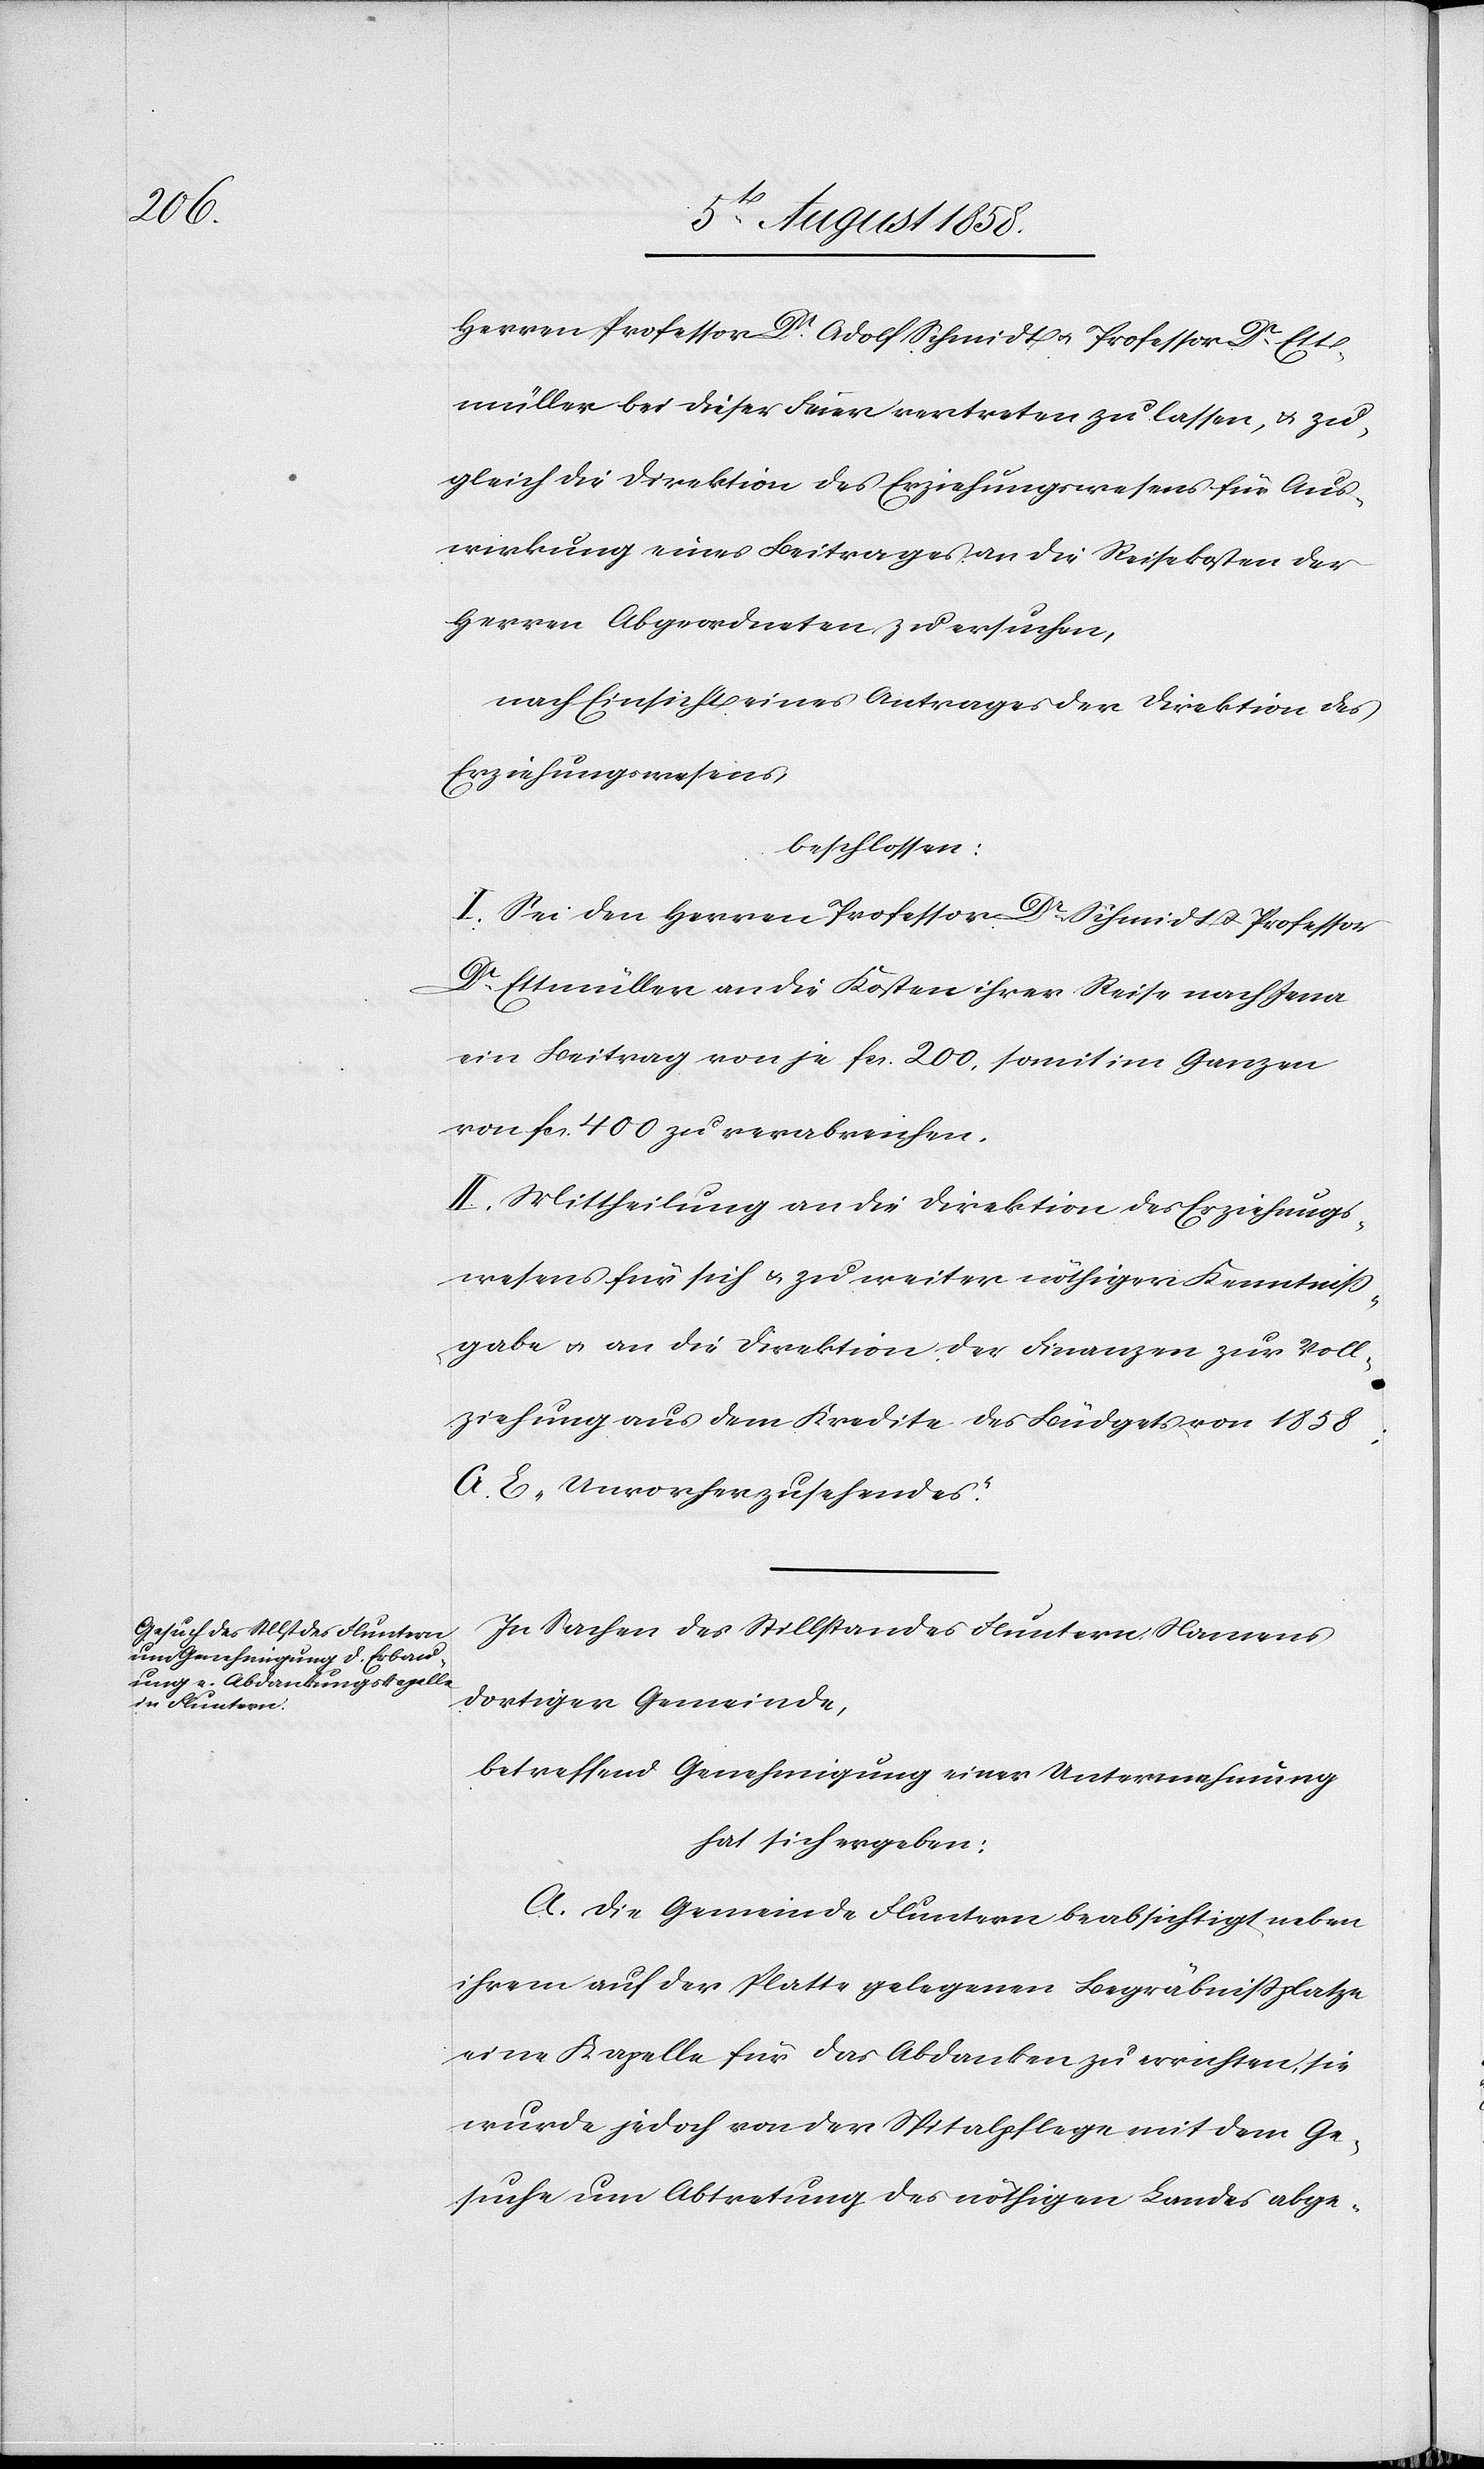
Herren Professor Dr. Adolf Schmidt & Professor Dr. Ett¬
müller bei dieser Feier vertreten zu lassen, & zu¬
gleich die Direktion des Erziehungswesens für Aus¬
wirkung eines Beitrages an die Reisekosten der
Herren Abgeordneten zu ersuchen,
nach Einsicht eines Antrages der Direktion des
Erziehungswesens,
beschlossen:
I. Sei den Herren Professor Dr. Schmidt & Professor
Dr. Ettmüller an die Kosten ihrer Reise nach Jena
ein Beitrag von je fcs. 200, somit im Ganzen
von fcs. 400 zu verabreichen.
II. Mittheilung an die Direktion des Erziehungs¬
wesens für sich & zu weiter nöthiger Kenntniss¬
gabe & an die Direktion der Finanzen zur Voll¬
ziehung aus dem Kredite des Büdgets von 1858
E „Unvorherzusehendes.“
In Sachen des Stillstandes Fluntern Namens
dortiger Gemeinde,
betreffend Genehmigung einer Unternehmung
hat sich ergeben:
A. Die Gemeinde Fluntern beabsichtigt neben
ihrem auf der Platte gelegenen Begräbnissplatze
eine Kapelle für das Abdanken zu errichten, sie
wurde jedoch von der Spitalpflege mit dem Ge¬
suche um Abtretung des nöthigen Landes abge-